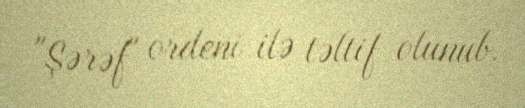
"Şərəf" ordeni ilə təltif olunub.